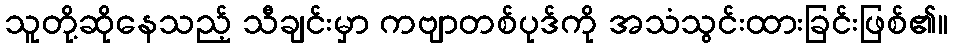
သူတို့ဆိုနေသည့် သီချင်းမှာ ကဗျာတစ်ပုဒ်ကို အသံသွင်းထားခြင်းဖြစ်၏။